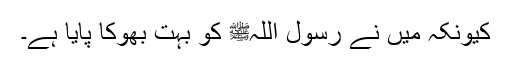
کیونکہ میں نے رسول اللہﷺ کو بہت بھوکا پایا ہے۔